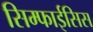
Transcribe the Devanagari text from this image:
सिम्फाईसिस